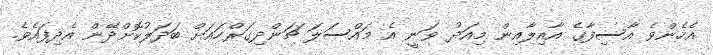
އެހެންވެ އާސިފާގެ އާއިލާއިން މިއަދު ވަނީ އެ މައްސަލަ ޗަންދިގަރްހައަށް ބަދަލުކޮށްދޭން އެދިފައެވެ.